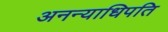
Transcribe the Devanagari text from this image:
अनन्याधिपति